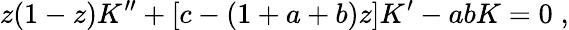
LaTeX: z(1-z)K^{\prime\prime}+[c-(1+a+b)z]K^{\prime}-abK=0\; ,